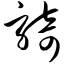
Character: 骑